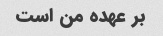
بر عهده من است